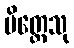
မိတ္တေသု